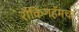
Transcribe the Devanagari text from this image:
रॉकिंगहॅमचा